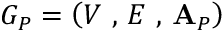
G _ { P } = \left( V \mathrm { ~ , ~ } E \mathrm { ~ , ~ } \mathbf { A } _ { P } \right)